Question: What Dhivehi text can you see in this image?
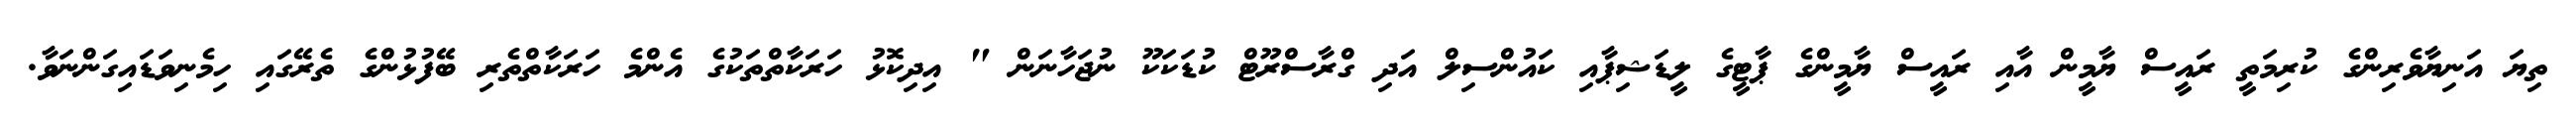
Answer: ތިޔަ އަނިޔާވެރިންގެ ކުރިމަތީ ރައީސް ޔާމީން އާއި ރައީސް ޔާމީންގެ ޕާޓީގެ ލީޑަޝިޕާއި ކައުންސިލް އަދި ގްރާސްރޫޓް ކުޑަކަކޫ ނުޖަހާނަން " އިދިކޮޅު ހަރަކާތްތަކުގެ އެންމެ ހަރަކާތްތެރި ބޭފުޅުންގެ ތެރޭގައި ހިމެނިވަޑައިގަންނަވާ.